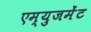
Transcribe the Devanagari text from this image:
एम्‍युजमेंट